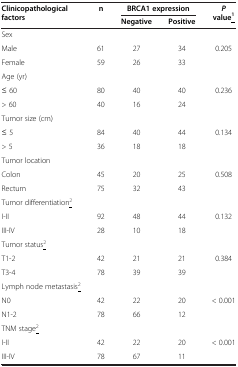
| <ROWSPAN=2> Clinicopathological factors | <ROWSPAN=2> n | <COLSPAN=2> BRCA1 expression | <ROWSPAN=2> P value<underline>1</underline> |
 | Negative | Positive |
 | --- | --- | --- | --- | --- |
 | Sex |  |  |  |  |
 | Male | 61 | 27 | 34 | 0.205 |
 | Female | 59 | 26 | 33 |  |
 | Age (yr) |  |  |  |  |
 | ≤ 60 | 80 | 40 | 40 | 0.236 |
 | > 60 | 40 | 16 | 24 |  |
 | Tumor size (cm) |  |  |  |  |
 | ≤ 5 | 84 | 40 | 44 | 0.134 |
 | > 5 | 36 | 18 | 18 |  |
 | Tumor location |  |  |  |  |
 | Colon | 45 | 20 | 25 | 0.508 |
 | Rectum | 75 | 32 | 43 |  |
 | Tumor differentiation<underline>2</underline> |  |  |  |  |
 | I-II | 92 | 48 | 44 | 0.132 |
 | III-IV | 28 | 10 | 18 |  |
 | Tumor status<underline>2</underline> |  |  |  |  |
 | T1-2 | 42 | 21 | 21 | 0.384 |
 | T3-4 | 78 | 39 | 39 |  |
 | Lymph node metastasis<underline>2</underline> |  |  |  |  |
 | N0 | 42 | 22 | 20 | < 0.001 |
 | N1-2 | 78 | 66 | 12 |  |
 | TNM stage<underline>2</underline> |  |  |  |  |
 | I-II | 42 | 22 | 20 | < 0.001 |
 | III-IV | 78 | 67 | 11 |  |